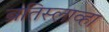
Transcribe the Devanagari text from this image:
ब्रतिस्लाव्हा